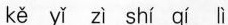
kě yǐ zì shí qí li